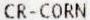
CR-CORN